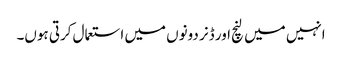
انہیں میں لنچ اور ڈنر دونوں میں استعمال کرتی ہوں۔